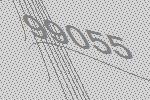
99055